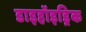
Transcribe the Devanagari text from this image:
डाइहॉइड्रिक